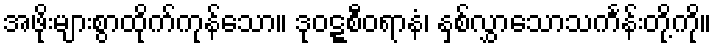
အဖိုးများစွာထိုက်ကုန်သော။ ဒုဝဋ္ဋစီဝရာနံ၊ နှစ်လွှာသောသင်္ကန်းတို့ကို။